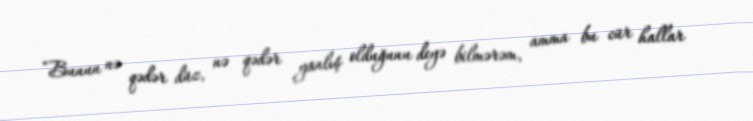
“Bunun nə qədər düz, nə qədər yanlış olduğunu deyə bilmərəm, amma bu cür hallar